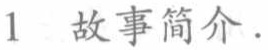
1 故事简介.